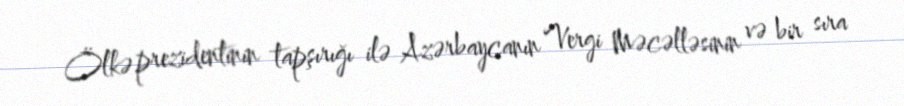
Ölkə prezidentinin tapşırığı ilə Azərbaycanın Vergi Məcəlləsinin və bir sıra